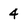
Character: 4